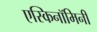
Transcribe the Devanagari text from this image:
एस्किनॉमिनी